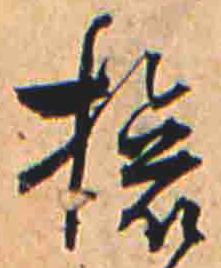
旅